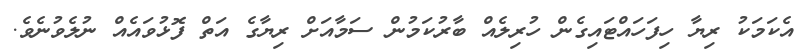
އެކަމަކު ރިޔާ ހިފަހައްޓައިގެން ހުރިލެއް ބާރުކަމުން ސަމާއަށް ރިޔާގެ އަތް ފޮޅުވައެއް ނުލެވުނެވެ.